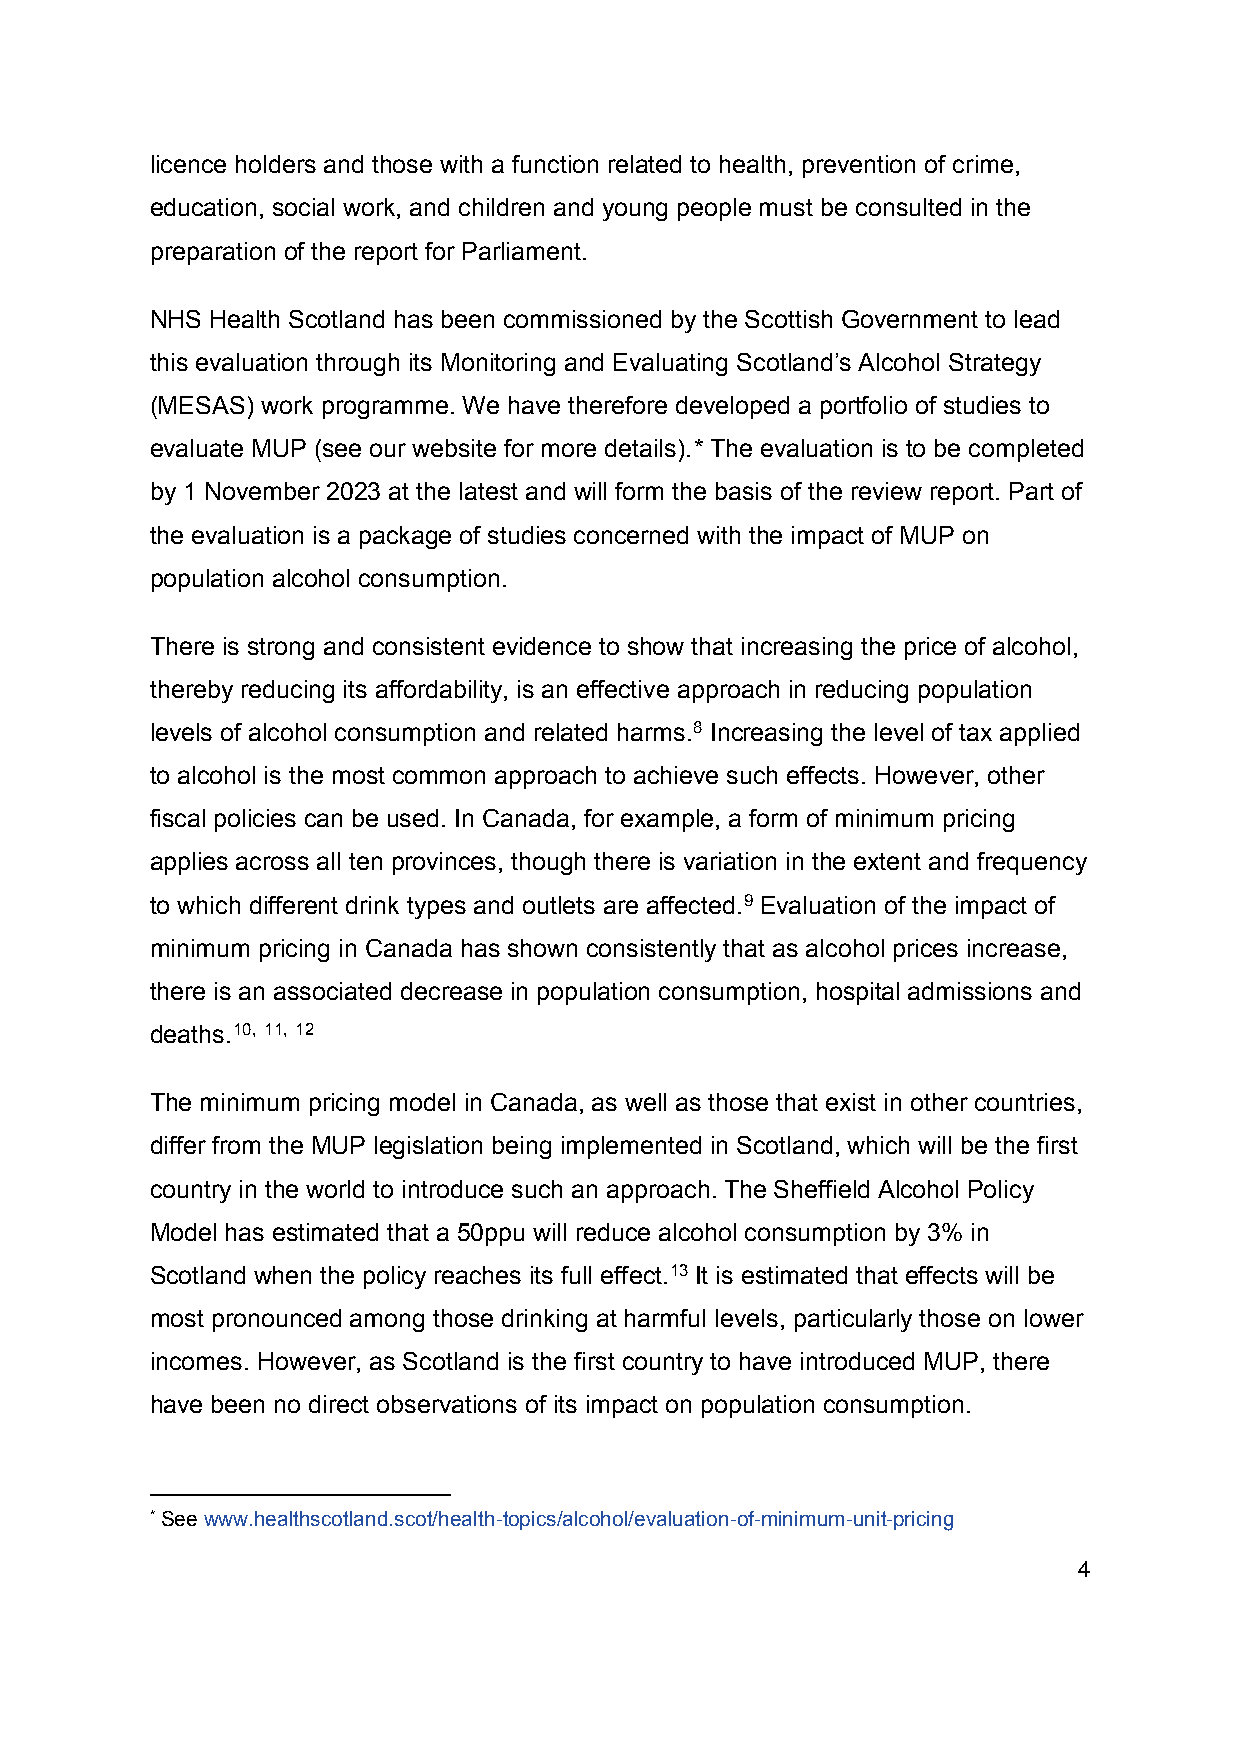
licence holders and those with a function related to health, prevention of crime,
 education, social work, and children and young people must be consulted in the
 preparation of the report for Parliament.
 NHS Health Scotland has been commissioned by the Scottish Government to lead
 this evaluation through its Monitoring and Evaluating Scotland’s Alcohol Strategy
 (MESAS) work programme. We have therefore developed a portfolio of studies to
 evaluate MUP (see our website for more details).* The evaluation is to be completed
 by 1 November 2023 at the latest and will form the basis of the review report. Part of
 the evaluation is a package of studies concerned with the impact of MUP on
 population alcohol consumption.
 There is strong and consistent evidence to show that increasing the price of alcohol,
 thereby reducing its affordability, is an effective approach in reducing population
 levels of alcohol consumption and related harms.8 Increasing the level of tax applied
 to alcohol is the most common approach to achieve such effects. However, other
 fiscal policies can be used. In Canada, for example, a form of minimum pricing
 applies across all ten provinces, though there is variation in the extent and frequency
 to which different drink types and outlets are affected.9 Evaluation of the impact of
 minimum pricing in Canada has shown consistently that as alcohol prices increase,
 there is an associated decrease in population consumption, hospital admissions and
 deaths.10, 11, 12
 The minimum pricing model in Canada, as well as those that exist in other countries,
 differ from the MUP legislation being implemented in Scotland, which will be the first
 country in the world to introduce such an approach. The Sheffield Alcohol Policy
 Model has estimated that a 50ppu will reduce alcohol consumption by 3% in
 Scotland when the policy reaches its full effect.13 It is estimated that effects will be
 most pronounced among those drinking at harmful levels, particularly those on lower
 incomes. However, as Scotland is the first country to have introduced MUP, there
 have been no direct observations of its impact on population consumption.
 * See www.healthscotland.scot/health-topics/alcohol/evaluation-of-minimum-unit-pricing
 4